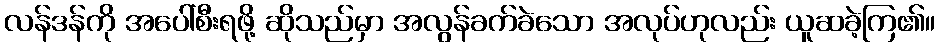
လန်ဒန်ကို အပေါ်စီးရဖို့ ဆိုသည်မှာ အလွန်ခက်ခဲသော အလုပ်ဟုလည်း ယူဆခဲ့ကြ၏။